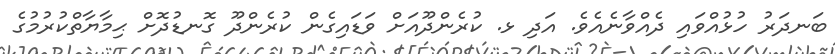
ބަނދަރު ހުޅުއްވައި ދެއްވާނެއެވެ. އަދި ޅ. ކުރެންދޫއަށް ވަޑައިގެން ކުރެންދޫ ގޮނޑުދޮށް ޙިމާޔާތްކުރުމުގެ